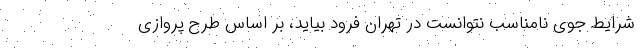
شرایط جوی نامناسب نتوانست در تهران فرود بیاید، بر اساس طرح پروازی